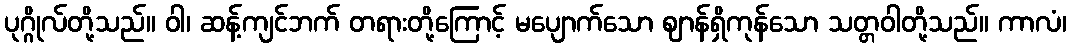
ပုဂ္ဂိုလ်တို့သည်။ ဝါ၊ ဆန့်ကျင်ဘက် တရားတို့ကြောင့် မပျောက်သော ဈာန်ရှိကုန်သော သတ္တဝါတို့သည်။ ကာလံ၊